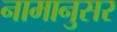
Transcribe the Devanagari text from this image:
नामानुसर